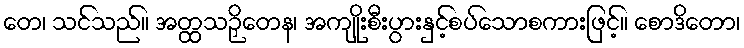
တေ၊ သင်သည်။ အတ္ထသဉှိတေန၊ အကျိုးစီးပွားနှင့်စပ်သောစကားဖြင့်။ စောဒိတော၊